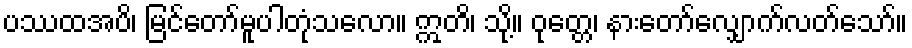
ပဿထအပိ၊ မြင်တော်မူပါတုံသလော။ ဣတိ၊ သို့။ ဝုတ္တေ၊ နားတော်လျှောက်လတ်သော်။